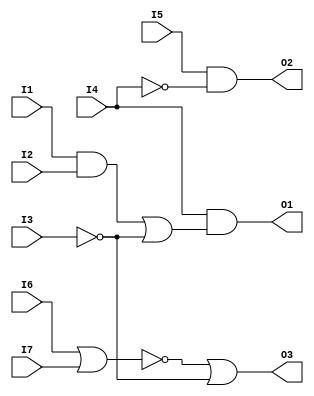
module sample(I1, I2, I3, I4, I5, I6, I7, O1, O2, O3);

input I1, I2, I3, I4, I5, I6, I7;
output O1, O2, O3;

wire W1, W2, W3;
wire [0:2] bus;

and AND(W1, I1, I2);
not NOT(W2, I3);
or OR(bus[0], W1, W2);
and AND(O1, I4, bus[0]);
not NOT(bus[1], I4);
and AND(O2, I5, bus[1]);
or OR(W3, I6, I7);
not NOT(bus[2], W3);
or OR(O3, bus[2], W2);

endmodule